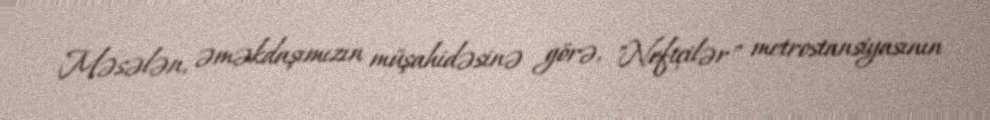
Məsələn, əməkdaşımızın müşahidəsinə görə, "Neftçilər" metrostansiyasının